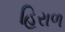
હિરાળ